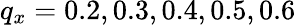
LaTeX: q_{x}=0.2,0.3,0.4,0.5,0.6